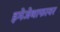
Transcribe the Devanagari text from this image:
इमेजेथाफायर